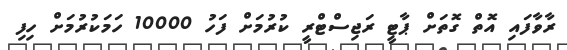
ރާވާފައި އޮތް ގޮތަށް ޕާޓީ ރަޖިސްޓްރީ ކުރުމަށް ފަހު 10000 ހަމަކުރުމަށް ހިފި